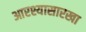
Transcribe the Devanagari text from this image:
आरश्यासारखा